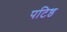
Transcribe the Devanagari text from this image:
पटिष्ठ